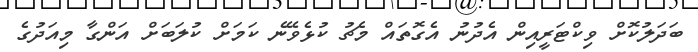
ބަދަލުކޮށް ވިކްޓަރީއިން އެދުނު އެގޮތައް މެޗު ކުޅެވޭނެ ކަމަށް ކުލަބަށް އަންގާ މިއަދުގެ